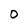
Character: O